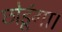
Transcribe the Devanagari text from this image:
छोडूंगा।